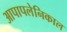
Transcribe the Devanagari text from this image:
आपापलेनिकाल